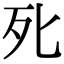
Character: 𭭽